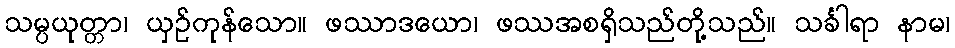
သမ္ပယုတ္တာ၊ ယှဉ်ကုန်သော။ ဖဿာဒယော၊ ဖဿအစရှိသည်တို့သည်။ သင်္ခါရာ နာမ၊